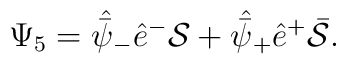
\Psi_5=\skew5\hat{\bar\psi}_-\hat e^-{\cal S}+\skew5\hat{\bar\psi}_+\hat e^+\bar {\cal S}.